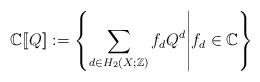
LaTeX: \begin{align*} \mathbb{C}[\![Q]\!] := \left\{ \sum_{d \in H_2(X;\mathbb{Z})} f_d Q^d \middle| f_d \in \mathbb{C} \right\} \end{align*}